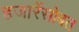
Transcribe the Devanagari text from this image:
हजारेंसोबत